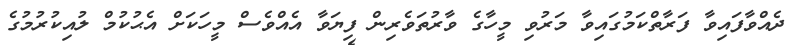
ދެއްވާފައިވާ ފަރާތްކަމުގައިވާ މަރުވި މީހާގެ ވާރުތަވެރިން ފިޔަވާ އެއްވެސް މީހަކަށް އެޙުކުމް ލުއިކުރުމުގެ